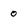
Character: 0